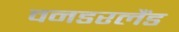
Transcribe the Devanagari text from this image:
वनडरलैंड